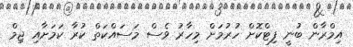
އިމްރާން ބުނީ ފިޓްކޮށް ހުރުމަށް މިހާރު ވެސް މަސައްކަތް ކުރާ ކަމަށާއި ޖިމް